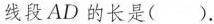
线段AD的长是()。